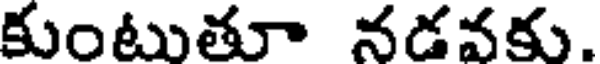
కుంటుతూ నడవకు.